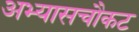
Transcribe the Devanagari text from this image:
अभ्यासचौकट